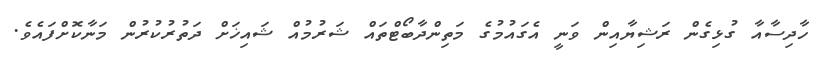
ހާދިސާއާ ގުޅިގެން ރަޝިޔާއިން ވަނީ އެގައުމުގެ މަތިންދާބޯޓްތައް ޝަރުމުއް ޝައިޚަށް ދަތުރުކުރުން މަނާކޮށްފައެވެ.